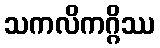
သကလိကဂ္ဂိဿ